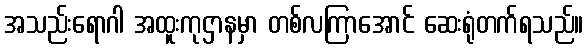
အသည်းရောဂါ အထူးကုဌာနမှာ တစ်လကြာအောင် ဆေးရုံတက်ရသည်။